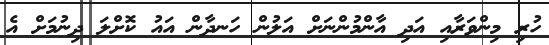
ހުރި މިންވަރާއި އަދި އާންމުންނަށް އަލުން ހަނދާން އައު ކޮށްލަ ދިނުމަށް އެ